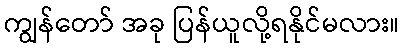
ကျွန်တော် အခု ပြန်ယူလို့ရနိုင်မလား။